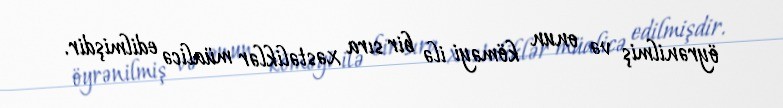
öyrənilmiş və onun köməyi ilə bir sıra xəstəliklər müalicə edilmişdir.